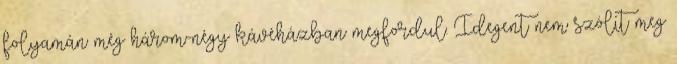
folyamán még három-négy kávéházban megfordul. Idegent nem szólít meg